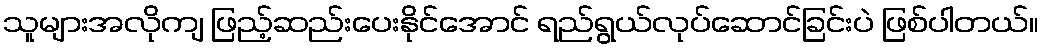
သူများအလိုကျ ဖြည့်ဆည်းပေးနိုင်အောင် ရည်ရွယ်လုပ်ဆောင်ခြင်းပဲ ဖြစ်ပါတယ်။